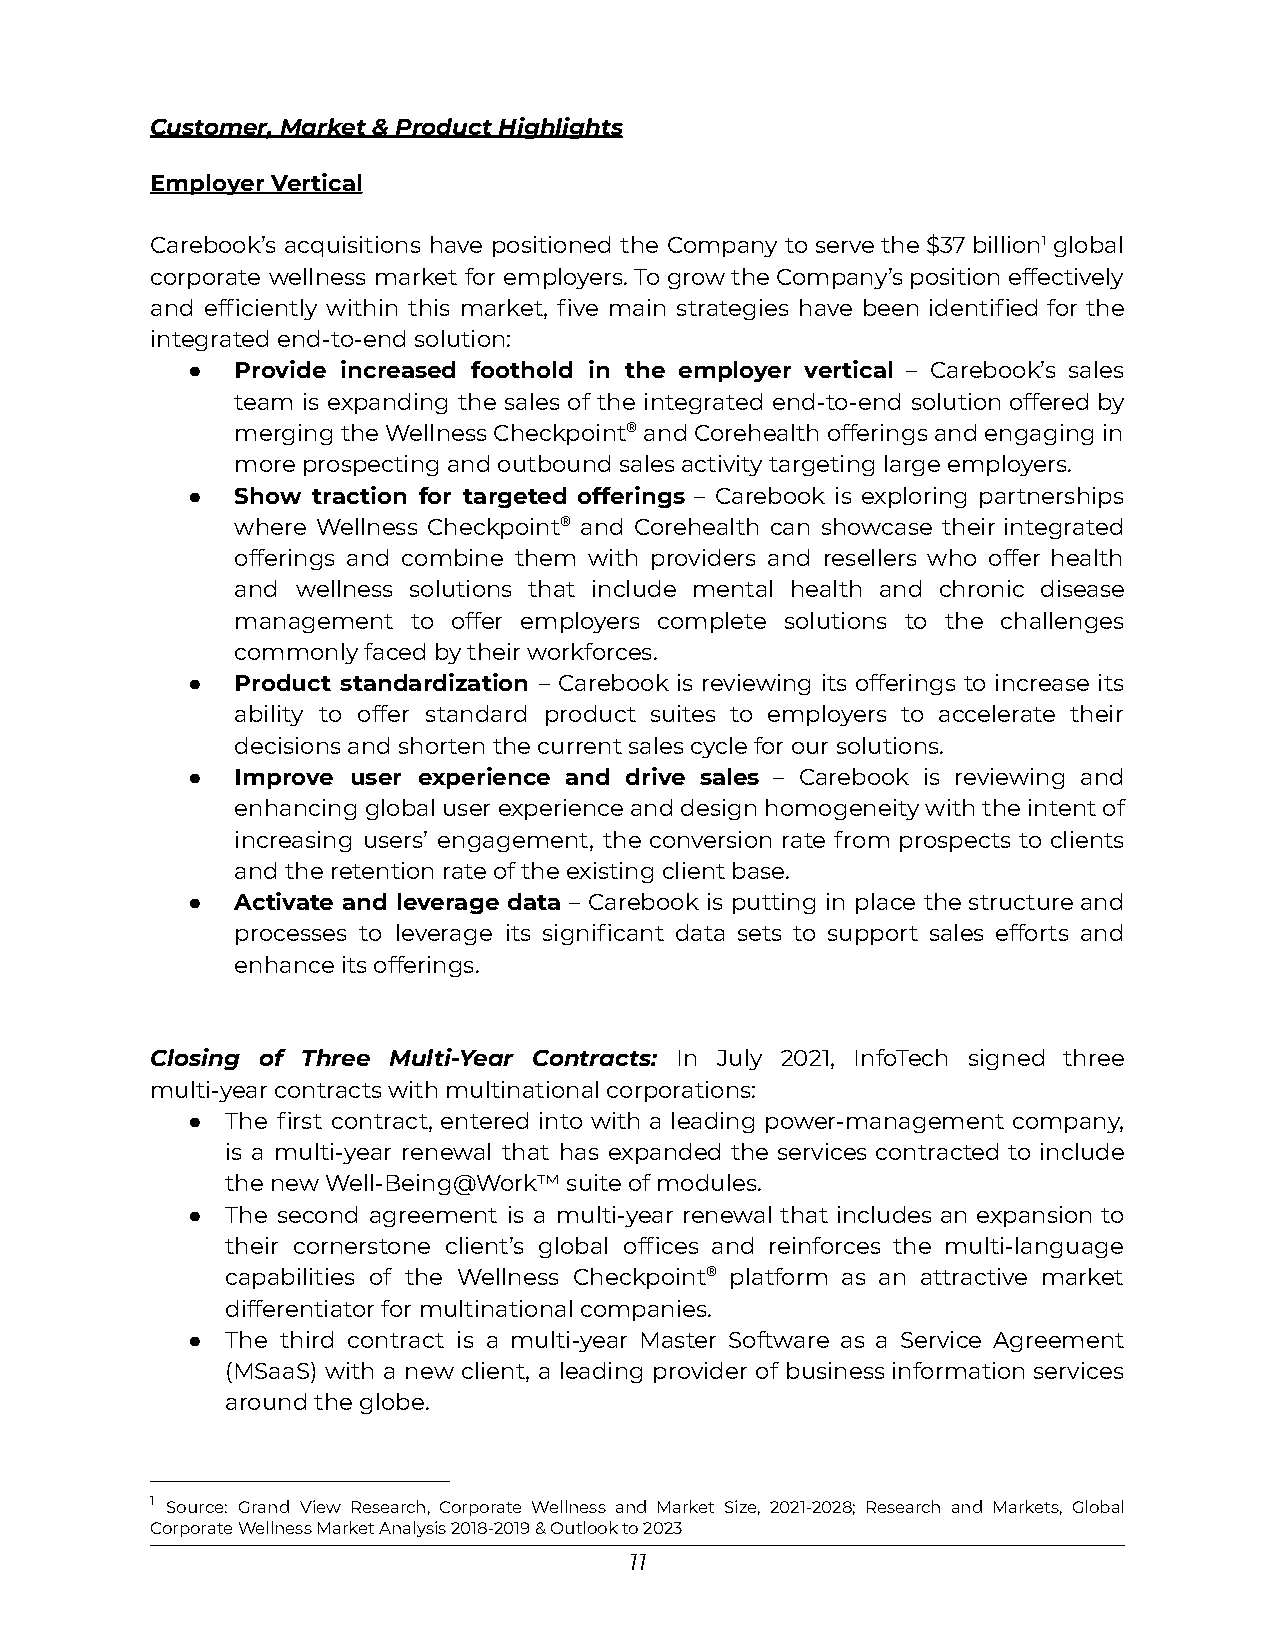
Customer, Market & Product Highlights
 Employer Vertical
 Carebook’s acquisitions have positioned the Company toservethe$37billion1global
 corporate wellness market for employers.TogrowtheCompany’spositioneffectively
 and efficiently within this market, five main strategies have been identified for the
 integrated end-to-end solution:
 ●   Provide increased foothold in the employer vertical – Carebook’s sales
 team is expanding the sales of the integrated end-to-end solutionofferedby
 mergingtheWellnessCheckpoint®andCorehealthofferingsandengagingin
 more prospecting and outbound sales activity targeting large employers.
 ●   Show traction for targeted offerings – Carebook is exploring partnerships
 where Wellness Checkpoint® and Corehealth can showcase their integrated
 offerings and combine them with providers and resellers who offer health
 and wellness solutions that include mental health and chronic disease
 management to offer employers complete solutions to the challenges
 commonly faced by their workforces.
 ●   Product standardization – Carebook is reviewing its offerings to increase its
 ability to offer standard product suites to employers to accelerate their
 decisions and shorten the current sales cycle for our solutions.
 ●   Improve user experience and drive sales – Carebook is reviewing and
 enhancingglobaluserexperienceanddesignhomogeneitywiththeintentof
 increasing users’ engagement, the conversion rate from prospects to clients
 and the retention rate of the existing client base.
 ●   Activate and leverage data – Carebook is putting in place thestructureand
 processes to leverage its significant data sets to support sales efforts and
 enhance its offerings.
 Closing of Three Multi-Year Contracts: In July 2021, InfoTech signed three
 multi-year contracts with multinational corporations:
 ●  The first contract, entered into with a leading power-management company,
 is a multi-year renewal that has expanded the services contracted to include
 the new Well-Being@Work™ suite of modules.
 ●  The second agreement is a multi-year renewal that includes an expansion to
 their cornerstone client’s global offices and reinforces the multi-language
 capabilities of the Wellness Checkpoint® platform as an attractive market
 differentiator for multinational companies.
 ●  The third contract is a multi-year Master Software as a Service Agreement
 (MSaaS) with a new client, a leading provider of businessinformationservices
 around the globe.
 1 Source: Grand View Research, Corporate Wellness and Market Size, 2021-2028; Research and Markets, Global
 Corporate Wellness Market Analysis 2018-2019 & Outlook to 2023
 11